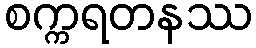
စက္ကရတနဿ